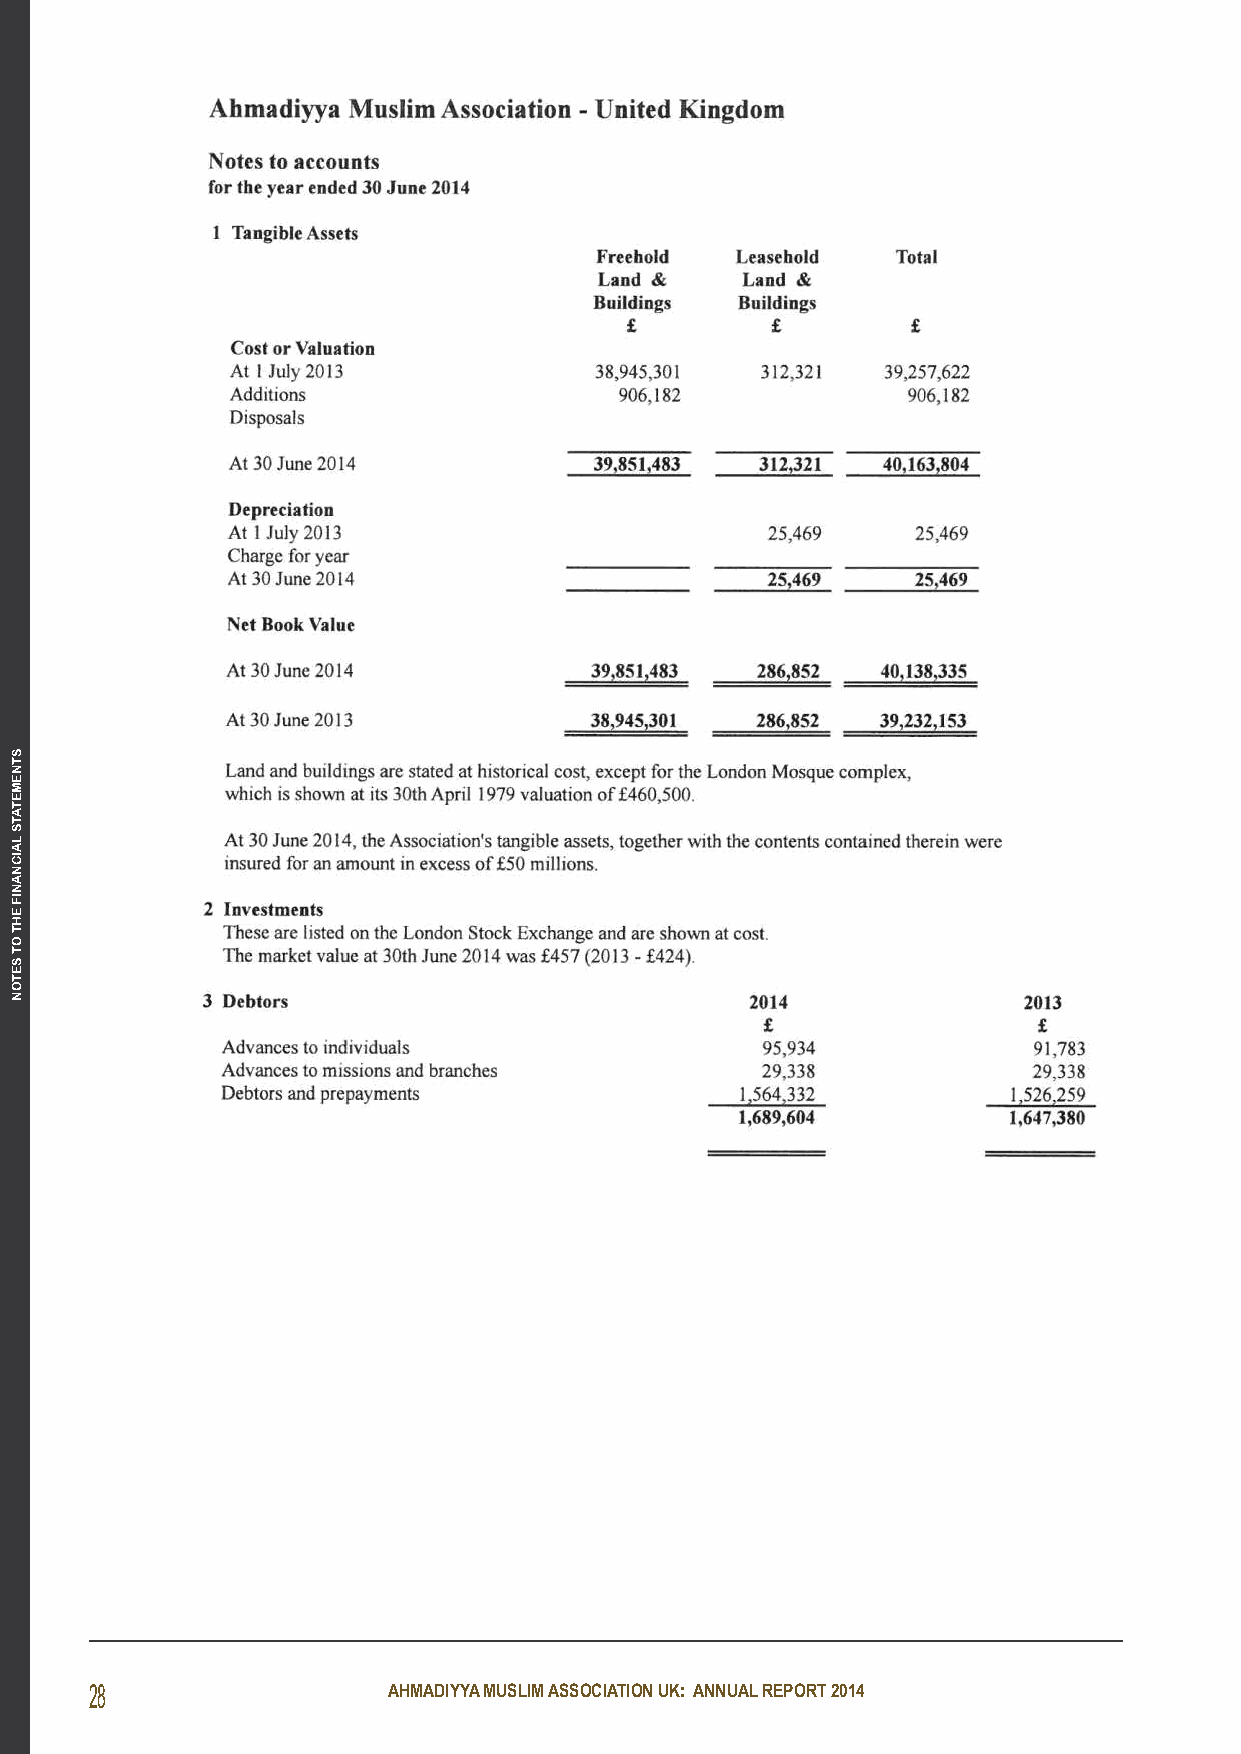
28                  AHMADIYYA MUSLIM ASSOCIATION UK: ANNUAL REPORT 2014
 STNEMETATS
 LAICNANIF
 EHT
 OT
 SETON